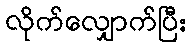
လိုက်လျှောက်ပြီး